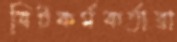
বিটকর্মকর্তারা